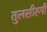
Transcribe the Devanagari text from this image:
तुलसीरुपी